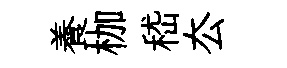
養枷嵇厺